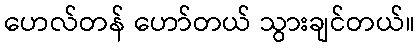
ဟေလ်တန် ဟော်တယ် သွားချင်တယ်။